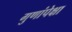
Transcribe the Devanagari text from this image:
गुणांपेक्षा